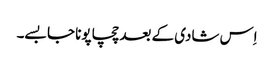
اِس شادی کے بعد چچا پونا جا بسے۔